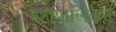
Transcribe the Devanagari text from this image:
महापालिकेनं